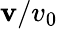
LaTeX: {\mathbf{v}}/v_{0}